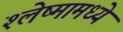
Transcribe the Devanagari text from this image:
श्लेष्मामध्ये